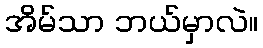
အိမ်သာ ဘယ်မှာလဲ။